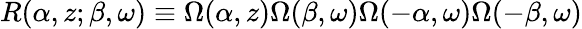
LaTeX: R(\alpha,z;\beta,\omega)\equiv\Omega(\alpha,z)\Omega(\beta,\omega)\Omega(-\alpha,\omega)\Omega(-\beta,\omega)